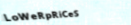
LoWeRpRiCeS